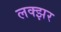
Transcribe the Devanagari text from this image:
लक्झर